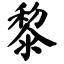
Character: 黎